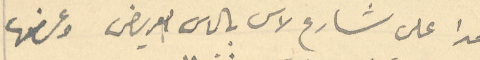
مترا على شارع لاس بالماس العريض وعرضها